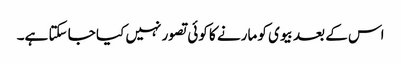
اس کے بعد بیوی کو مارنے کا کوئی تصور نہیں کیا جا سکتا ہے۔